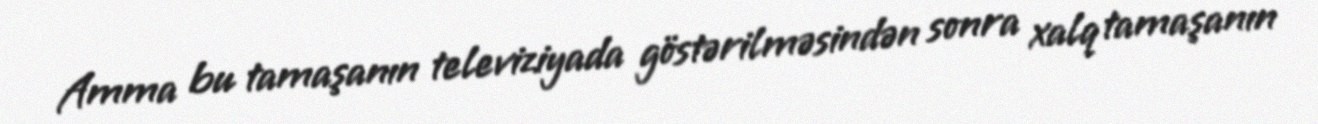
Amma bu tamaşanın televiziyada göstərilməsindən sonra xalq tamaşanın